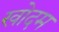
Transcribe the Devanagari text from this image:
खोदम